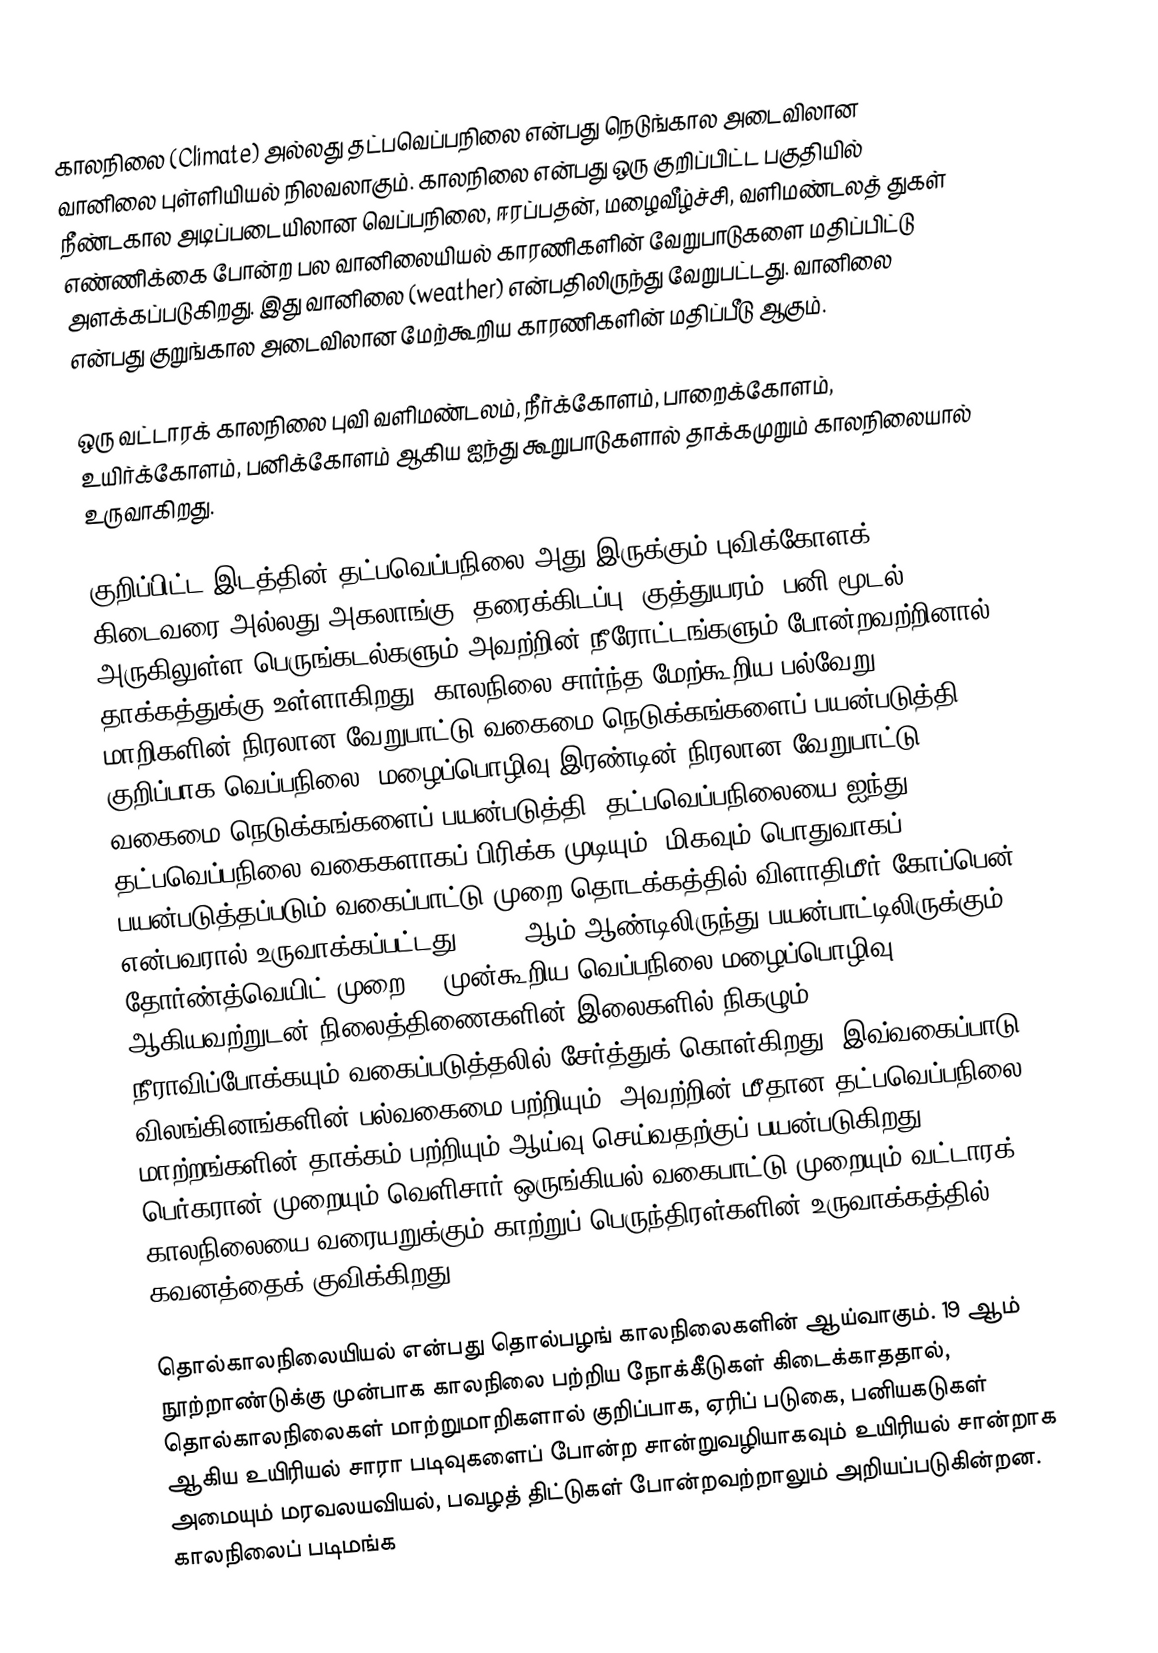
காலநிலை (Climate) அல்லது தட்பவெப்பநிலை  என்பது நெடுங்கால அடைவிலான வானிலை புள்ளியியல் நிலவலாகும். காலநிலை  என்பது ஒரு குறிப்பிட்ட பகுதியில் நீண்டகால அடிப்படையிலான வெப்பநிலை, ஈரப்பதன், மழைவீழ்ச்சி, வளிமண்டலத் துகள் எண்ணிக்கை போன்ற பல வானிலையியல் காரணிகளின் வேறுபாடுகளை மதிப்பிட்டு அளக்கப்படுகிறது. இது வானிலை (weather) என்பதிலிருந்து வேறுபட்டது. வானிலை என்பது குறுங்கால அடைவிலான மேற்கூறிய காரணிகளின் மதிப்பீடு ஆகும்.

ஒரு வட்டாரக் காலநிலை புவி வளிமண்டலம், நீர்க்கோளம், பாறைக்கோளம், உயிர்க்கோளம், பனிக்கோளம் ஆகிய ஐந்து கூறுபாடுகளால் தாக்கமுறும் காலநிலையால் உருவாகிறது.

குறிப்பிட்ட இடத்தின் தட்பவெப்பநிலை அது இருக்கும் புவிக்கோளக் கிடைவரை அல்லது அகலாங்கு, தரைக்கிடப்பு, குத்துயரம், பனி மூடல், அருகிலுள்ள பெருங்கடல்களும் அவற்றின் நீரோட்டங்களும் போன்றவற்றினால் தாக்கத்துக்கு உள்ளாகிறது. காலநிலை சார்ந்த மேற்கூறிய பல்வேறு மாறிகளின் நிரலான வேறுபாட்டு வகைமை நெடுக்கங்களைப் பயன்படுத்தி, குறிப்பாக வெப்பநிலை, மழைப்பொழிவு இரண்டின் நிரலான வேறுபாட்டு வகைமை நெடுக்கங்களைப் பயன்படுத்தி, தட்பவெப்பநிலையை ஐந்து தட்பவெப்பநிலை வகைகளாகப் பிரிக்க முடியும். மிகவும் பொதுவாகப் பயன்படுத்தப்படும் வகைப்பாட்டு முறை தொடக்கத்தில் விளாதிமீர் கோப்பென் என்பவரால் உருவாக்கப்பட்டது. 1948 ஆம் ஆண்டிலிருந்து பயன்பாட்டிலிருக்கும் தோர்ண்த்வெயிட் முறை, , முன்கூறிய வெப்பநிலை மழைப்பொழிவு ஆகியவற்றுடன்  நிலைத்திணைகளின் இலைகளில் நிகழும் நீராவிப்போக்கயும் வகைப்படுத்தலில் சேர்த்துக் கொள்கிறது. இவ்வகைப்பாடு விலங்கினங்களின் பல்வகைமை பற்றியும், அவற்றின் மீதான தட்பவெப்பநிலை மாற்றங்களின் தாக்கம் பற்றியும் ஆய்வு செய்வதற்குப் பயன்படுகிறது. பெர்கரான் முறையும் வெளிசார் ஒருங்கியல் வகைபாட்டு முறையும் வட்டாரக் காலநிலையை வரையறுக்கும் காற்றுப் பெருந்திரள்களின் உருவாக்கத்தில் கவனத்தைக் குவிக்கிறது.

தொல்காலநிலையியல் என்பது தொல்பழங் காலநிலைகளின் ஆய்வாகும். 19 ஆம் நூற்றாண்டுக்கு முன்பாக காலநிலை பற்றிய நோக்கீடுகள் கிடைக்காததால்,  தொல்காலநிலைகள் மாற்றுமாறிகளால் குறிப்பாக, ஏரிப் படுகை, பனியகடுகள் ஆகிய உயிரியல் சாரா படிவுகளைப் போன்ற சான்றுவழியாகவும் உயிரியல் சான்றாக அமையும் மரவலயவியல், பவழத் திட்டுகள் போன்றவற்றாலும் அறியப்படுகின்றன. காலநிலைப் படிமங்க